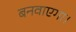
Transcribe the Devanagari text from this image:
बनवाएगा।